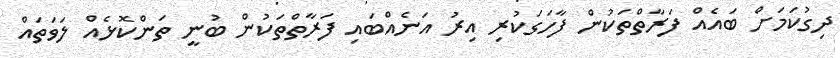
ދިގުކަމަށް ބައެއް ފަރާތްތަކުން ފާހަގަކުރި އިރު އަނެއްބައި ފަރާތްތަކުން ބުނީ ތަންކޮޅެއް ލަވަތައް